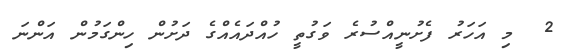
2  މި އަހަރު ފެށުނީއްސުރެ ވަގުތީ ހުއްދައެއްގެ ދަށުން ހިންގަމުން އަންނަ